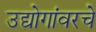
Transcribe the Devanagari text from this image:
उद्योगांवरचे